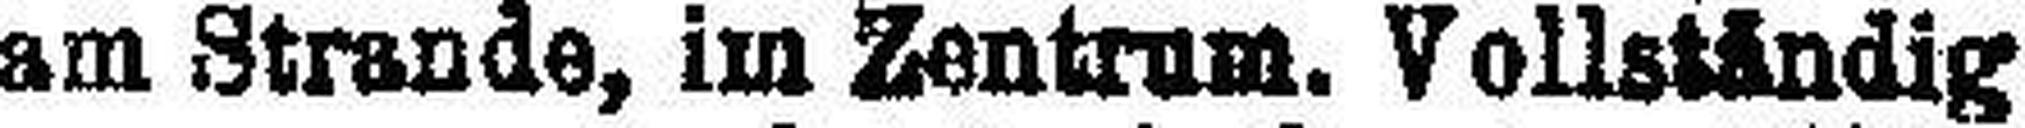
am Strande, im Zentrum. Vollständig